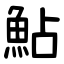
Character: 鮎